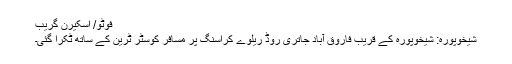
فوٹو/ اسکیرن گریب
شیخوپورہ: شیخوپورہ کے قریب فاروق آباد جاتری روڈ ریلوے کراسنگ پر مسافر کوسٹر ٹرین کے ساتھ ٹکرا گئی۔